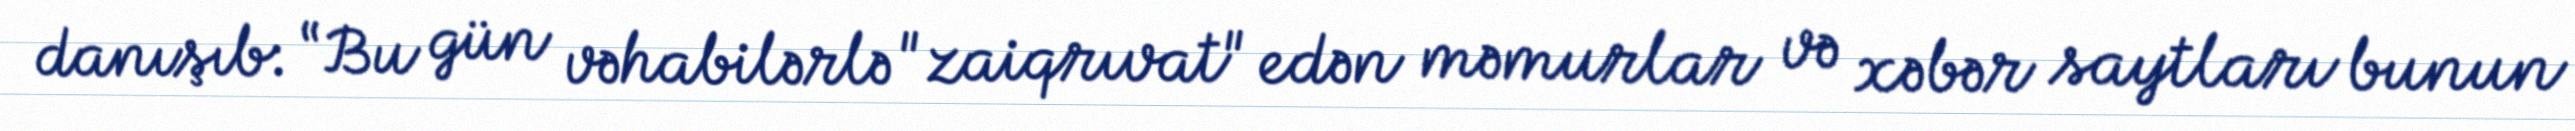
danışıb: “Bu gün vəhabilərlə "zaiqrıvat" edən məmurlar və xəbər saytları bunun